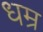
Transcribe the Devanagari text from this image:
धम्र